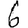
Digit: 6